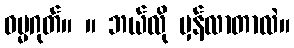
ဓမ္မဂုတ်။ ။ ဘယ်လို မှန်လာတာလဲ။